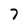
Character: 7